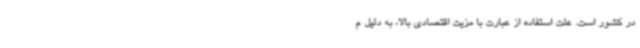
در کشور است. علت استفاده از عبارت با مزیت اقتصادی بالا، به دلیل م